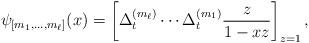
LaTeX: \begin{align*}\psi_{[m_1,\dots,m_{\ell}]}(x)=\left[\Delta_{t}^{(m_{\ell})}\cdots\Delta_{t}^{(m_1)}\frac{z}{1-xz}\right]_{z=1},\end{align*}